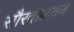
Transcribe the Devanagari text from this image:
सौरवाळवण